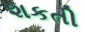
શકતી